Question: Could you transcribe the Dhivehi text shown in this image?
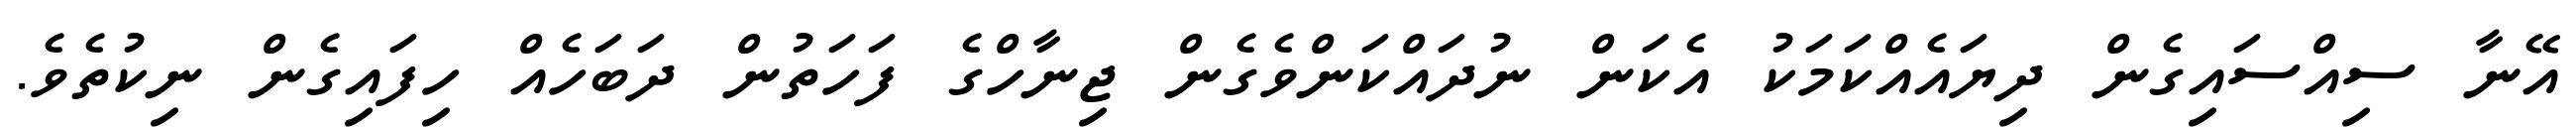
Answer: އޭނާ ސިއްސައިގެން ދިޔައެއްކަމަކު އެކަން ނުދައްކަންވެގެން ޖިނާހްގެ ފަހަތުން ދަބަހެއް ހިފައިގެން ނިކުތެވެ.